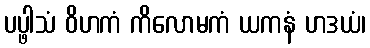
ပပ္ဖါသံ ဝိဟကံ ကိလောမကံ ယကနံ ဟဒယံ၊